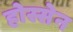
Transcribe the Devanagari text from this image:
होस्सेन